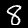
Label: 8